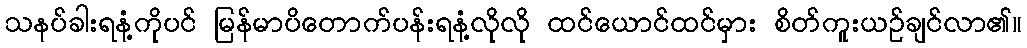
သနပ်ခါးရနံ့ကိုပင် မြန်မာပိတောက်ပန်းရနံ့လိုလို ထင်ယောင်ထင်မှား စိတ်ကူးယဉ်ချင်လာ၏။